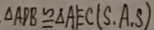
\Delta A D B \cong \Delta A E C ( S . A . S )